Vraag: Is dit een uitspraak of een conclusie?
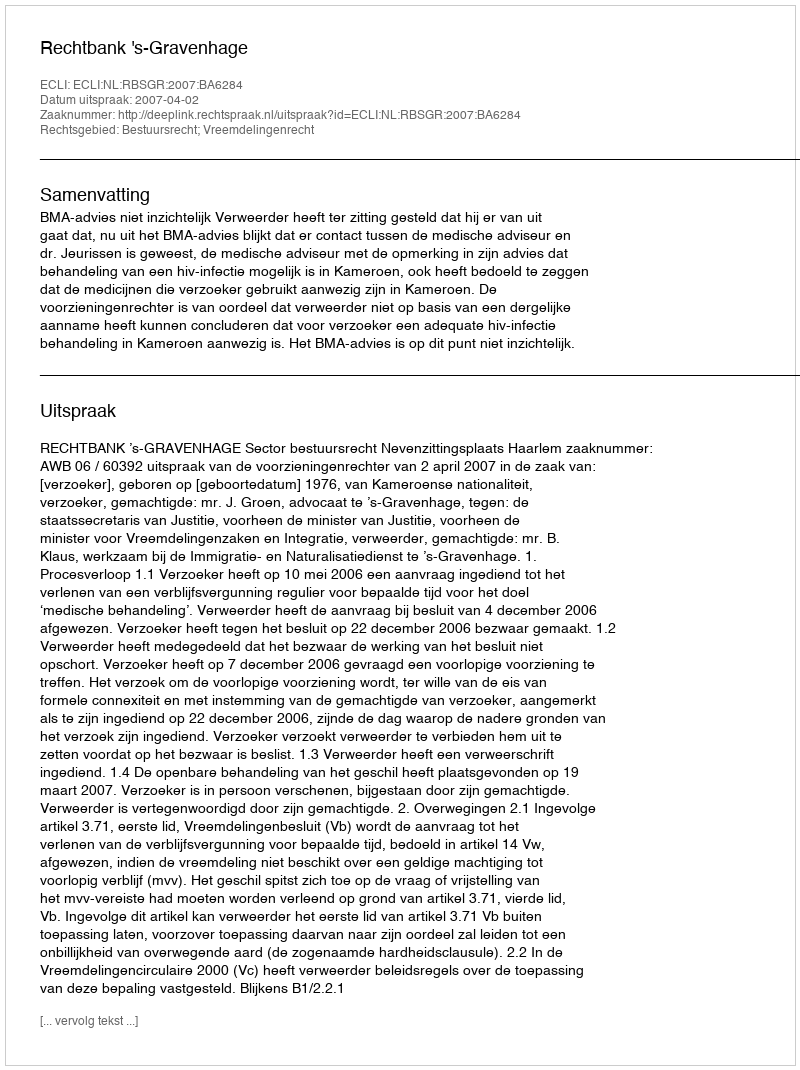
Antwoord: Uitspraak